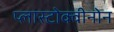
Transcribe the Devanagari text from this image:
प्लास्टोक्वीनोन